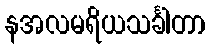
နအလမရိယသင်္ခါတာ